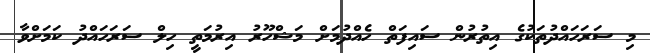
މި ސަރަހައްދުތަކުގެ އިތުރުން ސައިފަތް ހެއްދުމަށް މަޝްހޫރު އިރުމަތީ ހިލް ސަރަހައްދު ކަމަށްވާ